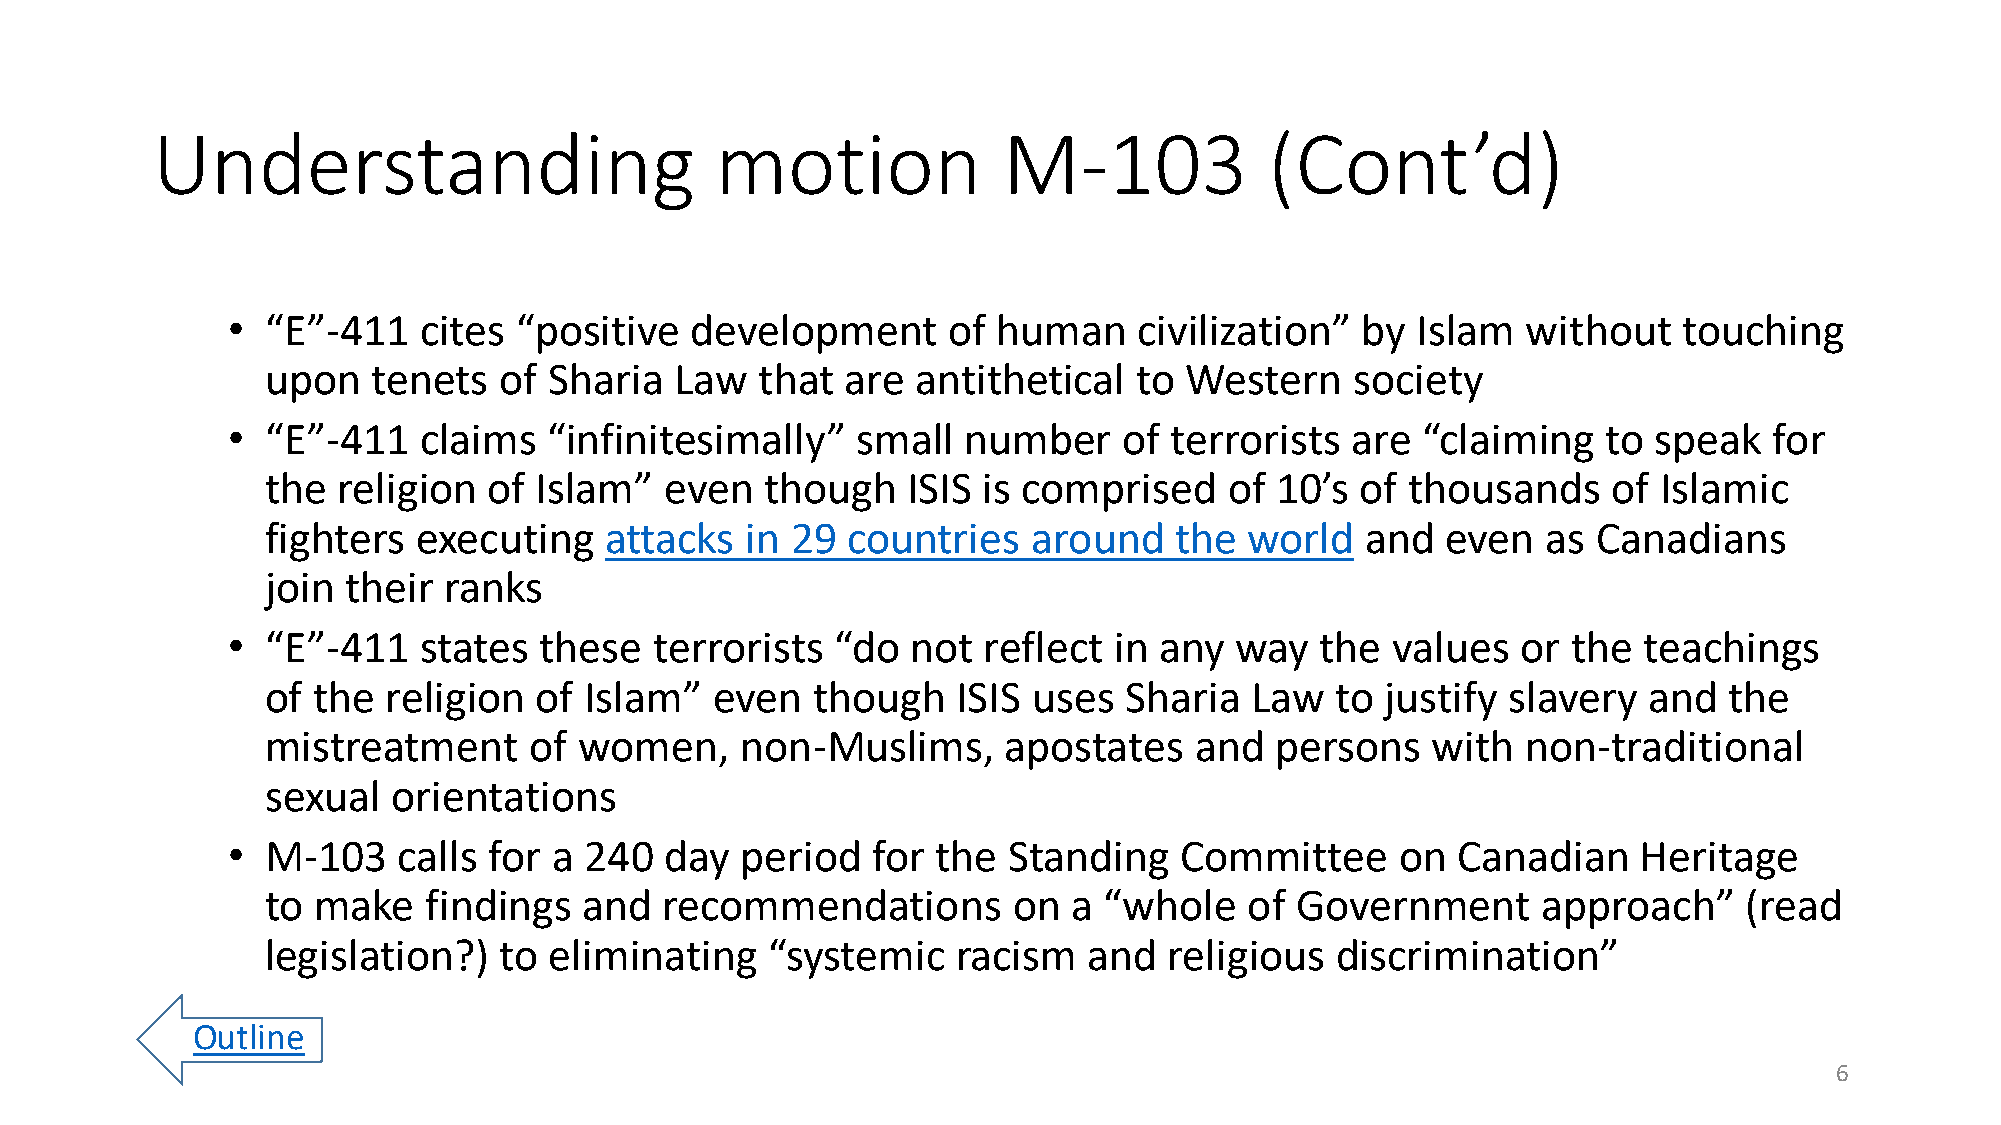
Understanding                        motion             M-103             (Cont’d)
 •  “E”-411   cites “positive   development      of human    civilization”  by  Islam  without   touching
 upon   tenets  of Sharia   Law  that  are  antithetical  to Western     society
 •  “E”-411   claims  “infinitesimally”    small  number    of  terrorists are  “claiming   to speak   for
 the religion  of Islam”   even   though   ISIS is comprised    of 10’s  of thousands     of Islamic
 fighters  executing   attacks  in 29  countries   around    the  world  and   even  as  Canadians
 join their ranks
 •  “E”-411   states  these  terrorists  “do  not  reflect  in any  way  the  values   or the  teachings
 of the  religion of  Islam”  even   though   ISIS uses  Sharia   Law  to  justify slavery  and  the
 mistreatment     of women,     non-Muslims,     apostates    and  persons    with  non-traditional
 sexual  orientations
 •  M-103   calls for  a 240  day  period   for the  Standing   Committee      on Canadian     Heritage
 to make   findings   and  recommendations        on  a “whole    of Government      approach”    (read
 legislation?)  to eliminating    “systemic   racism   and  religious  discrimination”
 Outline
 6